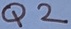
Text: Q2